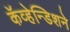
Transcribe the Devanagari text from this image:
कॅव्हेन्डिशने